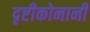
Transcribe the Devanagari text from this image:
दृष्टीकोनानी